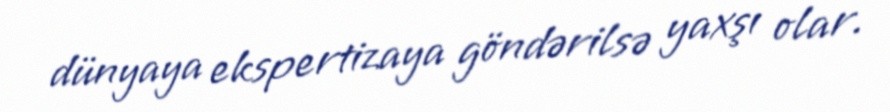
dünyaya ekspertizaya göndərilsə yaxşı olar.